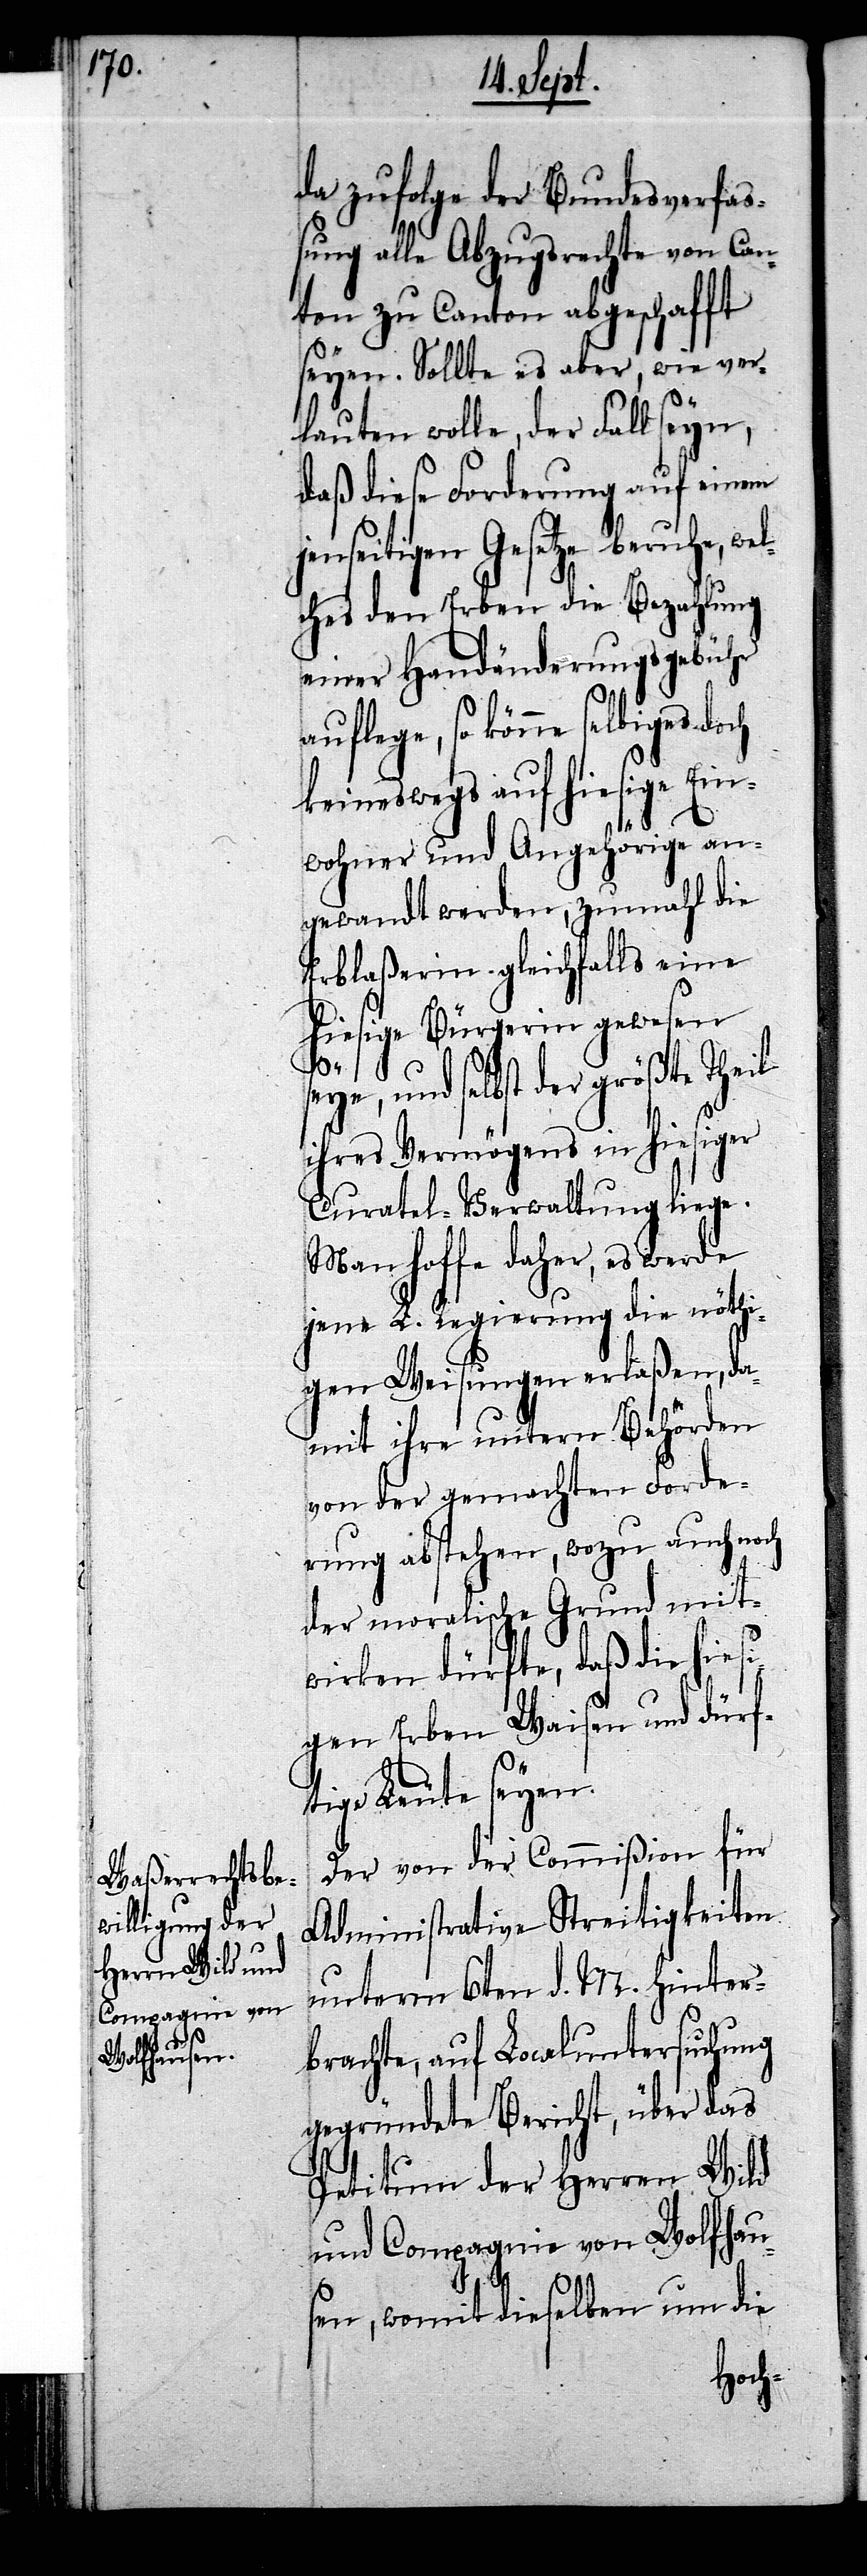
da zufolge der Bundesverfaß¬
ung alle Abzugsrechte von Can¬
ton zu Canton abgeschafft
seyen. Sollte es aber, wie ver¬
lauten wolle, der Fall seyn,
daß diese Forderung auf einem
enseitigen Gesetze beruhe, we¬
lches den Erben die Bezahlung
einer Handänderungsgebühr
auflege, so könne selbiges doch
keineswegs auf hiesige Ein¬
wohner und Angehörige an¬
gewandt werden, zumahl die
Erblaßerin gleichfalls eine
hiesige Bürgerin gewesen
j¬
seye, und selbst der größte Theil
ihres Vermögens in hiesiger
Curatel-Verwaltung liege.
Man hoffe daher, es werde
jene L. Regierung die nöthi¬
gen Weisungen erlaßen, da¬
mit ihre untern Behörden
von der gemachten Forde¬
rung abstehen, wozu auch noch
der moralische Grund mit¬
wirken dürfte, daß die hiesi¬
gen Erben Waisen und dürf¬
tige Leute seyen.
Der von der Commißion für
Administrative Streitigkeiten
unterm 6ten d. M. hinter¬
brachte, auf Localuntersuchung
gegründete Bericht, über das
Petitum der Herren Wild
und Compagnie von Wolfhau¬
sen, womit dieselben um die